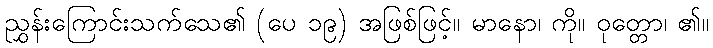
ညွှန်းကြောင်းသက်သေ၏ (ပေ ၁၉) အဖြစ်ဖြင့်။ မာနော၊ ကို။ ဝုတ္တော၊ ၏။